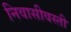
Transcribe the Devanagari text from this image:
निवासीवस्ती